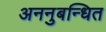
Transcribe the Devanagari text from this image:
अननुबन्धित